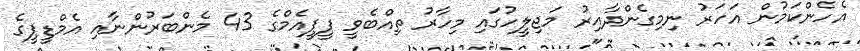
އެހެންކަމުން އަހަރު ނިމިގެންދާއިރު މަޖިލީހުގައި މިހާރު ތިއްބެވީ ޕީޕީއެމްގެ 43 މެންބަރުންނާއި އެމްޑީޕީގެ